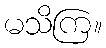
မသိကြ။